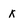
Character: K